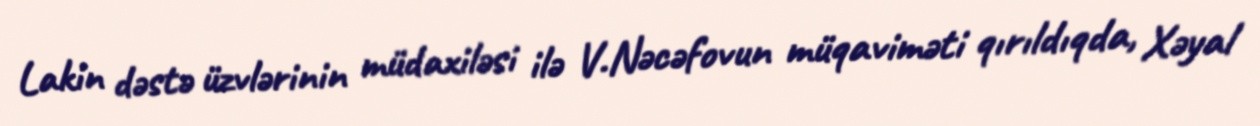
Lakin dəstə üzvlərinin müdaxiləsi ilə V.Nəcəfovun müqaviməti qırıldıqda, Xəyal